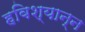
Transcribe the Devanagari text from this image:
हविश्यान्न